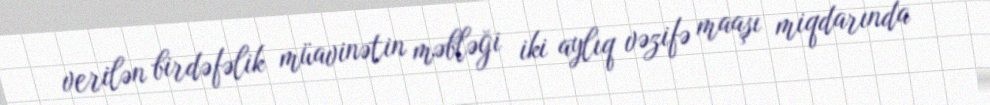
verilən birdəfəlik müavinətin məbləği iki aylıq vəzifə maaşı miqdarında